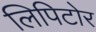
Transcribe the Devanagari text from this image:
लिपिटोर